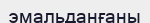
эмальданғаны